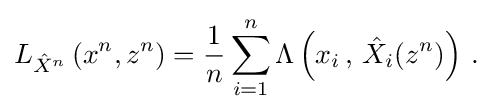
{\begin{aligned}L_{{\hat {X}}^{n}}\left(x^{n},z^{n}\right)={\frac {1}{n}}\sum _{i=1}^{n}\Lambda \left(x_{i}\,,\,{\hat {X}}_{i}(z^{n})\right)\,.\end{aligned}}